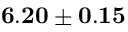
{ \bf 6 . 2 0 \pm 0 . 1 5 }